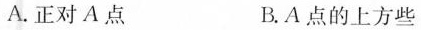
A.正对A点 B.A点的上方些